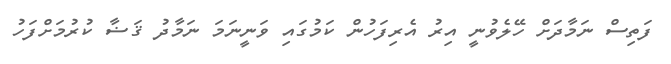
ފަތިސް ނަމާދަށް ހޭލެވުނީ އިރު އެރިފަހުން ކަމުގައި ވަނީނަމަ ނަމާދު ޤަޟާ ކުރުމަށްފަހު